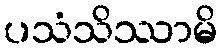
ပသံသိဿာမိ